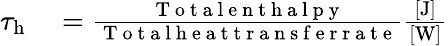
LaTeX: \begin{array}{rl}{\tau_{\mathrm{h}}}&{{}=\frac{\mathrm{~T~o~t~a~l~e~n~t~h~a~l~p~y~}}{\mathrm{~T~o~t~a~l~h~e~a~t~t~r~a~n~s~f~e~r~r~a~t~e~}}\frac{[\mathrm{{J}]}}{[\mathrm{{W}]}}}\end{array}